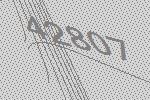
42807